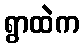
ရွာထဲက